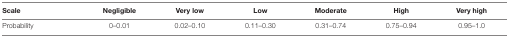
<table><thead><tr><td><b>Scale</b></td><td><b>Negligible</b></td><td><b>Very low</b></td><td><b>Low</b></td><td><b>Moderate</b></td><td><b>High</b></td><td><b>Very high</b></td></tr></thead><tbody><tr><td>Probability</td><td>0–0.01</td><td>0.02–0.10</td><td>0.11–0.30</td><td>0.31–0.74</td><td>0.75–0.94</td><td>0.95–1.0</td></tr></tbody></table>